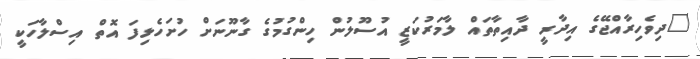
"ދިވެހިރާއްޖޭގެ އިދާރީ ދާއިތާތައް ލާމަރުކަޒީ އުސޫލުން ހިންގުމުގެ ގާނޫނަށް ހުށަހެޅިފަ އޮތް އިސްލާހަކީ